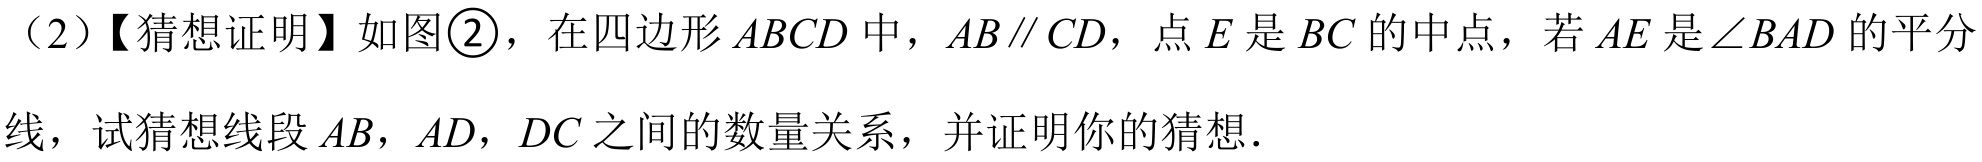
（2）【猜想证明】如图\textcircled{2}，在四边形$ABCD$中，$AB\parallel CD$，点$E$是$BC$的中点，若$AE$是$\angle BAD$的平分
线，试猜想线段$AB，AD，DC$之间的数量关系，并证明你的猜想．